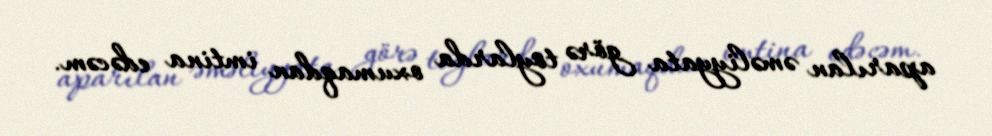
aparılan əməliyyata görə toylarda oxumaqdan imtina edəcəm.